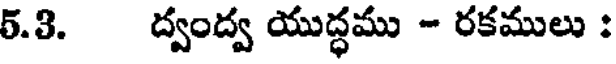
5.3. ద్వంద్వ యుద్ధము - రకములు :